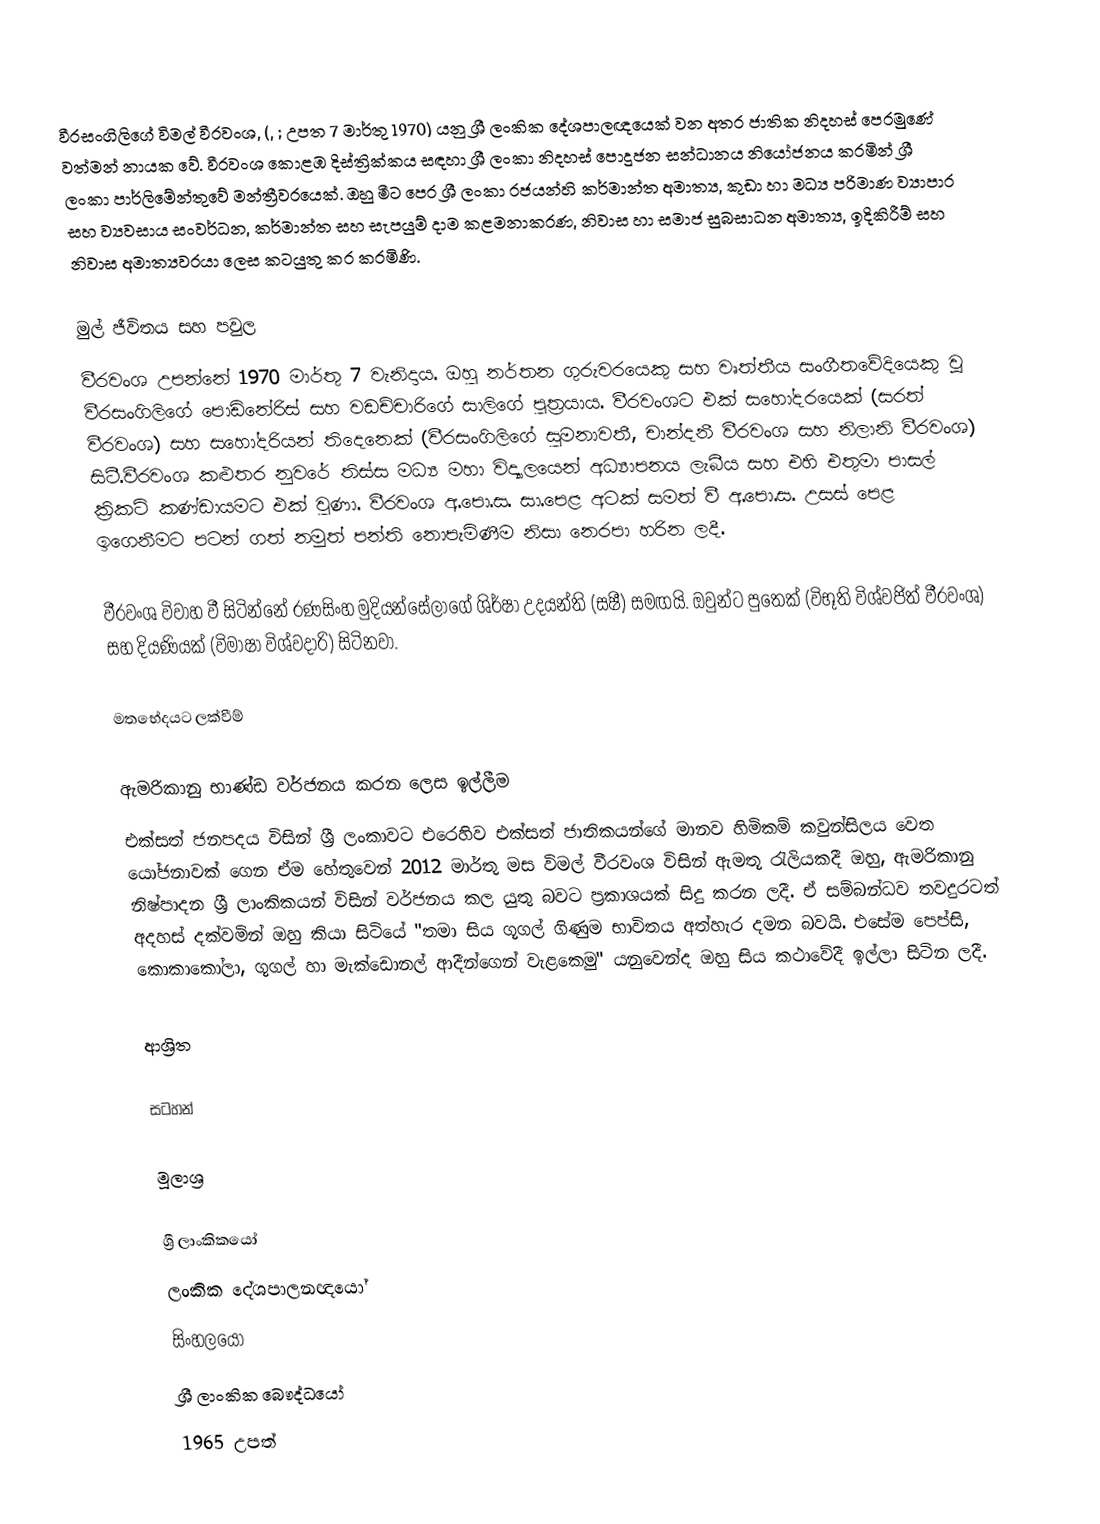
වීරසංගිලිගේ විමල් වීරවංශ, (, ; උපත 7 මාර්තු 1970) යනු ශ්‍රී ලංකික දේශපාලඥයෙක් වන අතර ජාතික නිදහස් පෙරමුණේ වත්මන් නායක වේ. වීරවංශ කොළඹ දිස්ත්‍රික්කය සඳහා ශ්‍රී ලංකා නිදහස් පොදුජන සන්ධානය නියෝජනය කරමින් ශ්‍රී ලංකා පාර්ලිමේන්තුවේ මන්ත්‍රීවරයෙක්. ඔහු මීට පෙර ශ්‍රී ලංකා රජයන්හි කර්මාන්ත අමාත්‍ය, කුඩා හා මධ්‍ය පරිමාණ ව්‍යාපාර සහ ව්‍යවසාය සංවර්ධන, කර්මාන්ත සහ සැපයුම් දාම කළමනාකරණ, නිවාස හා සමාජ සුබසාධන අමාත්‍ය, ඉදිකිරීම් සහ නිවාස අමාත්‍යවරයා ලෙස කටයුතු කර කරමිණි.

මුල් ජීවිතය සහ පවුල
වීරවංශ උපන්නේ 1970 මාර්තු 7 වැනිදාය. ඔහු නර්තන ගුරුවරයෙකු සහ වෘත්තීය සංගීතවේදියෙකු වූ වීරසංගිලිගේ පොඩිනේරිස් සහ වඩච්චාරිගේ සාලිගේ පුත්‍රයාය. වීරවංශට එක් සහෝදරයෙක් (සරත් වීරවංශ) සහ සහෝදරියන් තිදෙනෙක් (වීරසංගිලිගේ සුමනාවතී, චාන්දනී වීරවංශ සහ නිලානි වීරවංශ) සිටී.වීරවංශ කළුතර නුවරේ තිස්ස මධ්‍ය මහා විද්‍යාලයෙන් අධ්‍යාපනය ලැබීය සහ එහි එතුමා  පාසල් ක්‍රිකට් කණ්ඩායමට එක් වුණා. වීරවංශ අ.පො.ස. සා.පෙළ අටක් සමත් වී අ.පො.ස. උසස් පෙළ ඉගෙනීමට පටන් ගත් නමුත් පන්ති නොපැමිණීම නිසා නෙරපා හරින ලදී.

වීරවංශ විවාහ වී සිටින්නේ රණසිංහ මුදියන්සේලාගේ ශිර්ෂා උදයන්ති (සෂී) සමඟයි. ඔවුන්ට පුතෙක් (විභූති විශ්වජිත් වීරවංශ) සහ දියණියක් (විමාෂා විශ්වදාරි) සිටිනවා.

මතභේදයට ලක්වීම්

ඇමරිකානු භාණ්ඩ වර්ජනය කරන ලෙස ඉල්ලීම
එක්සත් ජනපදය විසින් ශ්‍රී ලංකාවට එරෙහිව එක්සත් ජාතිකයන්ගේ මානව හිමිකම් කවුන්සිලය වෙත යෝජනාවක් ගෙන ඒම හේතුවෙන් 2012 මාර්තු මස විමල් වීරවංශ විසින් ඇමතූ රැලියකදී ඔහු, ඇමරිකානු නිෂ්පාදන ශ්‍රී ලාංකිකයන් විසින් වර්ජනය කල යුතු බවට ප්‍රකාශයක් සිදු කරන ලදී. ඒ සම්බන්ධව තවදුරටත් අදහස් දක්වමින් ඔහු කියා සිටියේ "තමා සිය ගූගල් ගිණුම භාවිතය අත්හැර දමන බවයි. එසේම පෙප්සි, කොකාකෝලා, ගූගල් හා මැක්ඩොනල් ආදීන්ගෙන් වැළකෙමු" යනුවෙන්ද ඔහු සිය කථාවේදී ඉල්ලා සිටින ලදී.

ආශ්‍රිත

සටහන්

මූලාශ්‍ර

ශ්‍රී ලාංකිකයෝ
ලංකික දේශපාලනඥයෝ
සිංහලයෝ
ශ්‍රී ලාංකික බෞද්ධයෝ
1965 උපත්